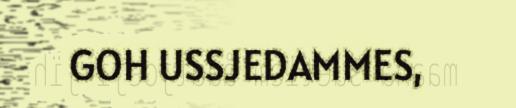
GOH USSJEDAMMES,